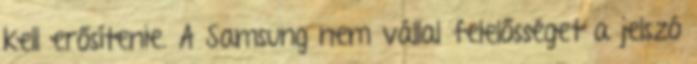
kell erősítenie. A Samsung nem vállal felelősséget a jelszó